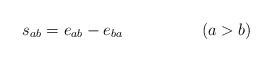
LaTeX: \begin{align*}s_{ab}=e_{ab}-e_{ba} \hspace{2cm}(a>b)\end{align*}